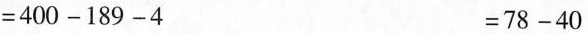
$$= 4 0 0 - 1 8 9 - 4$$ $$= 7 8 - 4 0$$